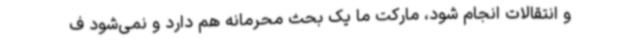
و انتقالات انجام شود، مارکت ما یک بحث محرمانه هم دارد و نمی‌شود ف